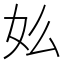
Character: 𡚸